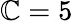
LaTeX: \mathbb{C}=5